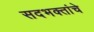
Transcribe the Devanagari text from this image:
सदभक्तांचे